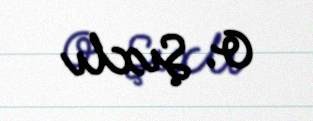
O. Şıxlı